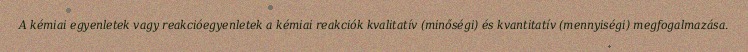
A kémiai egyenletek vagy reakcióegyenletek a kémiai reakciók kvalitatív (minőségi) és kvantitatív (mennyiségi) megfogalmazása.